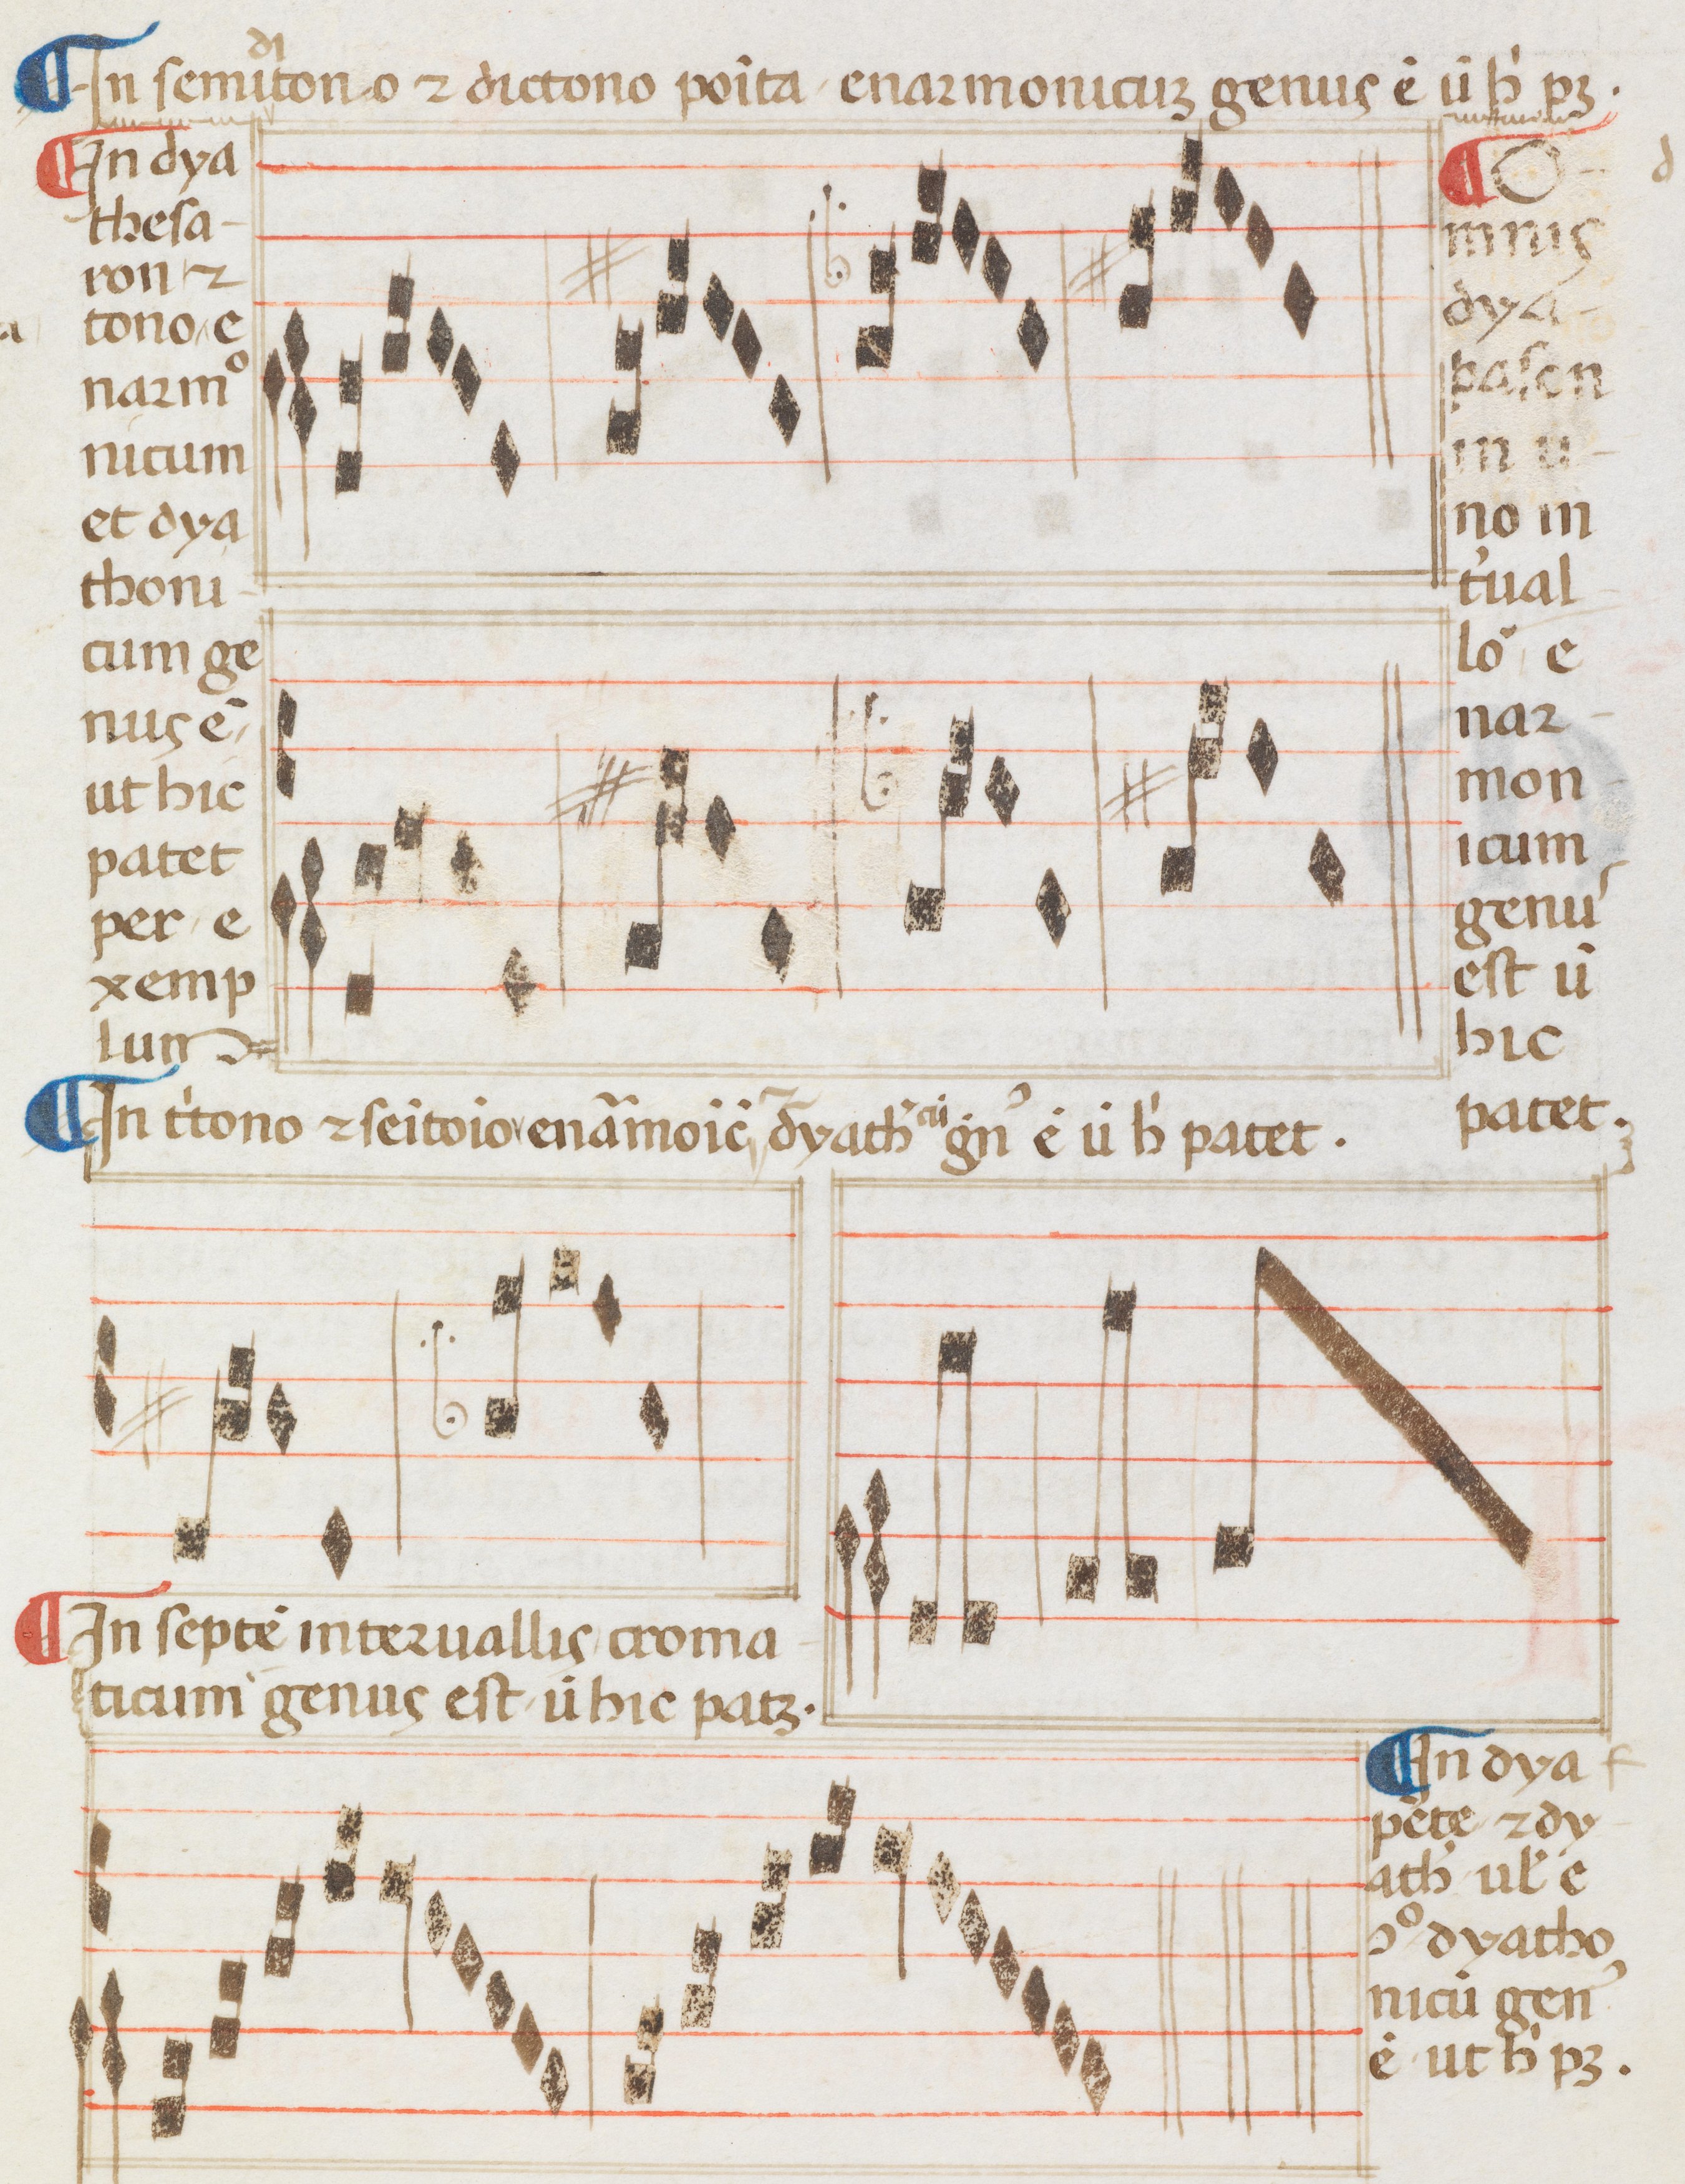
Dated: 1400–1499